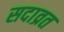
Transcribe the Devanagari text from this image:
सदाव्रत